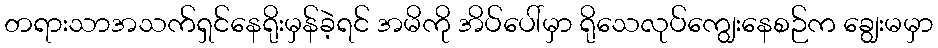
တရားသာအသက်ရှင်နေရိုးမှန်ခဲ့ရင် အမိကို အိပ်ပေါ်မှာ ရိုသေလုပ်ကျွေးနေစဉ်က ချွေးမမှာ